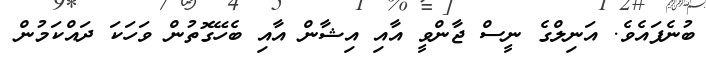
ބުނެފައެވެ. އަނިލްގެ ނީސް ޖާންވީ އާއި އިޝާން އާއި ބެހޭގޮތުން ވަހަކަ ދައްކަމުން